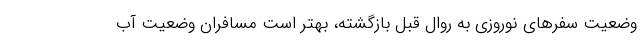
وضعیت سفرهای نوروزی به روال قبل بازگشته، بهتر است مسافران وضعیت آب